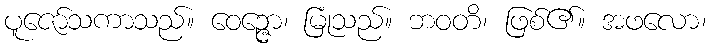
ပူဇော်သကာသည်။ ဝေဉ္ဇော၊ မြုံသည်။ ဘဝတိ၊ ဖြစ်၏။ အဖလော၊